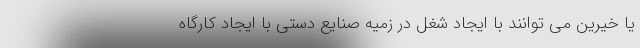
یا خیرین می توانند با ایجاد شغل در زمیه صنایع دستی با ایجاد کارگاه